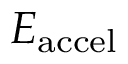
E _ { \mathrm { a c c e l } }